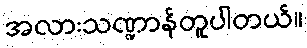
အလားသဏ္ဍာန်တူပါတယ်။